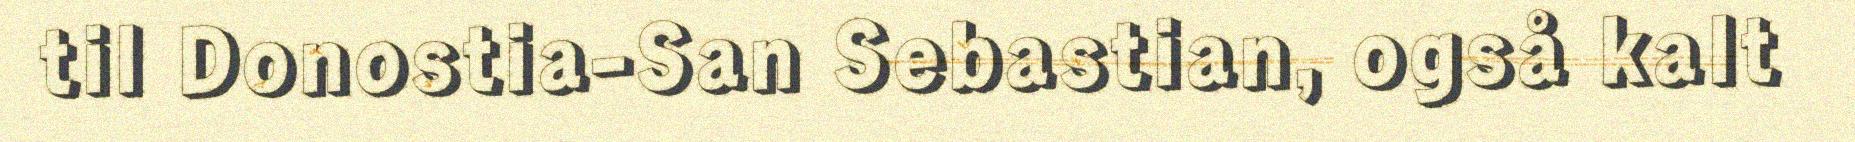
til Donostia-San Sebastian, også kalt